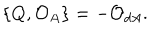
LaTeX: \{ Q , { \cal O } _ { A } \} = - { \cal O } _ { d A } .